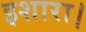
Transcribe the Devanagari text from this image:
इशारा।